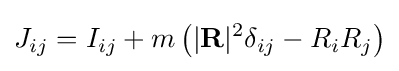
J_{ij}=I_{ij}+m\left(|\mathbf {R} |^{2}\delta _{ij}-R_{i}R_{j}\right)